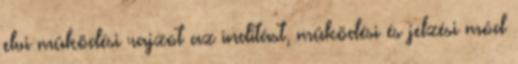
elvi mûködési rajzot az indítást, mûködési és jelzési mód